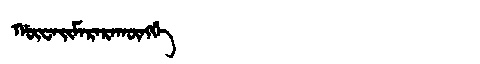
Manchu: ᡤᡡᠸᠠᡳᠮᠠᡵᠠᡵᠠᡴᡡᠩᡤᡝ
Romanization: GŪWAIMARARAKŪNGGE